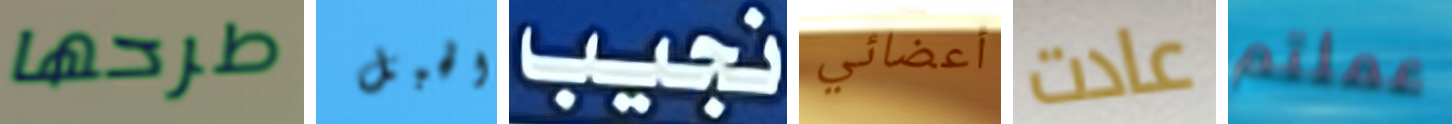
طرحها الحبل نجيب أعضائي عادت عملتم